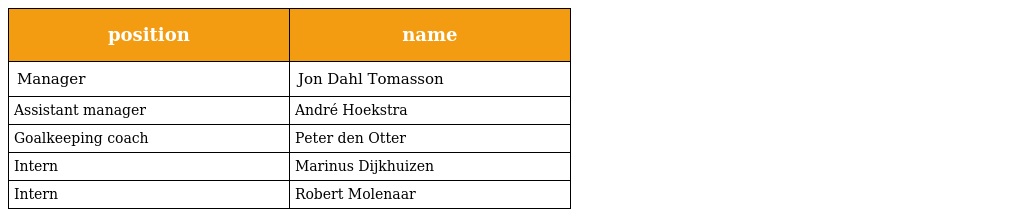
| position | name |
 | --- | --- |
 | Manager | Jon Dahl Tomasson |
 | Assistant manager | André Hoekstra |
 | Goalkeeping coach | Peter den Otter |
 | Intern | Marinus Dijkhuizen |
 | Intern | Robert Molenaar |